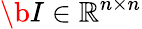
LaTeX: \b{I}\in\mathbb{R}^{n\times n}